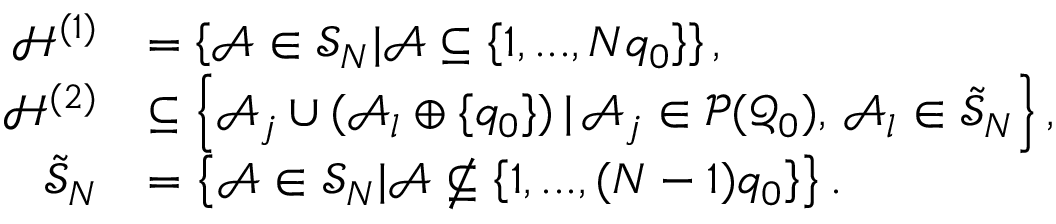
\begin{array} { r l } { \mathcal { H } ^ { ( 1 ) } } & { = \left\{ \mathcal { A } \in \mathcal { S } _ { N } \vert \mathcal { A } \subseteq \left\{ 1 , . . . , N q _ { 0 } \right\} \right\} , } \\ { \mathcal { H } ^ { ( 2 ) } } & { \subseteq \left\{ \mathcal { A } _ { j } \cup ( \mathcal { A } _ { l } \oplus \{ q _ { 0 } \} ) \, \vert \, \mathcal { A } _ { j } \in \mathcal { P } ( \mathcal { Q } _ { 0 } ) , \, \mathcal { A } _ { l } \in \tilde { \mathcal { S } } _ { N } \right\} , } \\ { \tilde { \mathcal { S } } _ { N } } & { = \left\{ \mathcal { A } \in \mathcal { S } _ { N } \vert \mathcal { A } \not \subseteq \left\{ 1 , . . . , ( N - 1 ) q _ { 0 } \right\} \right\} . } \end{array}